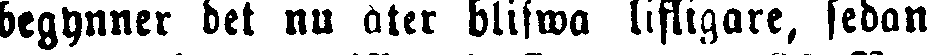
begynner det nu åter blifwa listigare, sedan